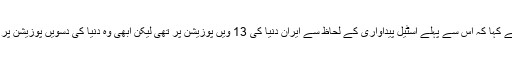
رحمانی نے کہا کہ اس سے پہلے اسٹیل پیداواری کے لحاظ سے ایران دنیا کی 13 ویں پوزیشن پر تھی لیکن ابھی وہ دنیا کی دسویں پوزیشن پر کھڑا ہے۔